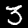
Digit: 3